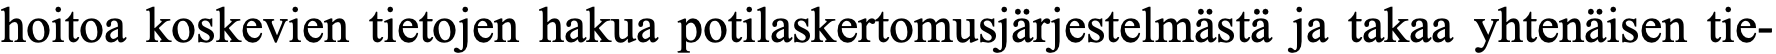
hoitoa koskevien tietojen hakua potilaskertomusjärjestelmästä ja takaa yhtenäisen tie-